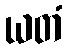
ယတံ